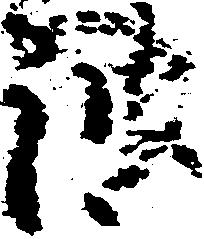
波